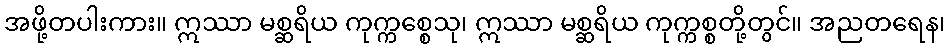
အဖို့တပါးကား။ ဣဿာ မစ္ဆရိယ ကုက္ကစ္စေသု၊ ဣဿာ မစ္ဆရိယ ကုက္ကစ္စတို့တွင်။ အညတရေန၊